Code of medical and sanitary regulations for the guidance of medical officers serving in the Madras Presidency - Volume II
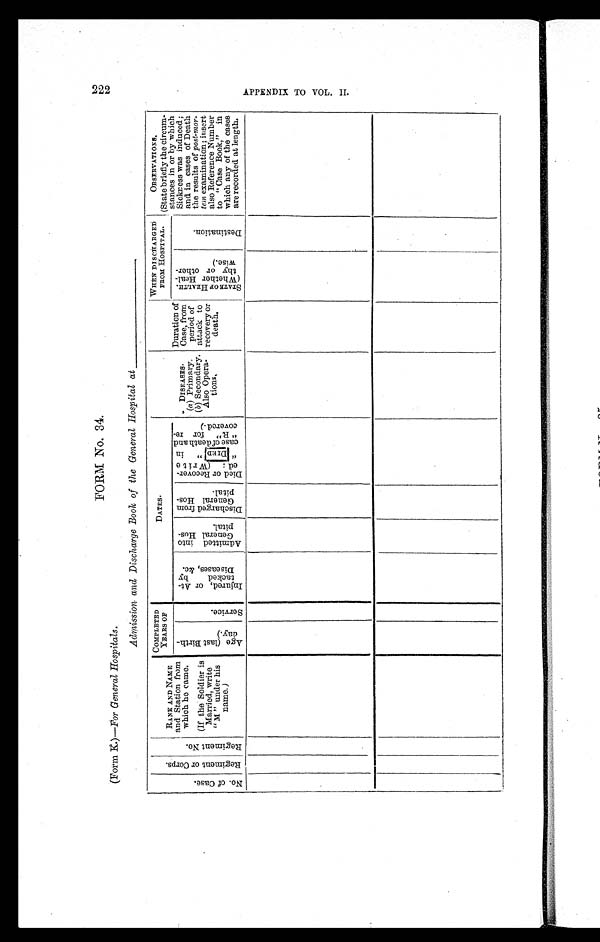
FORM No. 34.
(Form K.)—For General Hospitals.
Admission and Discharge Book of the General Hospital at_______________
N o . o f C a s e .
R e g i m e n t o r C o r p s .
R e g i m e n t N o .
RANK AND NAME
and Station from
which he came.
(If the Soldier is
Married, write
"M" under his
name.)
COMPLETED
YEARS OF
D A T E S .
DISEASES.
(a) Primary.
(b) Secondary.
Also Opera-
t i o n s .
Duration of
Case, from
period of
attack to
recovery or
death.
WHEN DISCHARGED
FROM HOSPITAL.
OBSERVATIONS.
(State briefly the circum-
stances in or by which
Sickness was induced;
and in cases of Death
the results of post-mor-
tem examination ; insert
also Reference Number
to "Case Book," in
which any of the cases
are recorded at length.
A g e ( l a s t B i r t h -
d a y . )
S e r v i c e .
I n j u r e d , o r A t -
t a c k e d b y
D i s e a s e s , & c .
A d m i t t e d i n t o
G e n e r a l H o s -
pi t al .
D i s c h a r g e d f r o m
G e n e r a l H o s -
p i t a l .
D i e d o r R e c o v e r -
e d : ( W r i t e
" D I E D " i n
c a s e o f d e a t h a n d
" R " f o r r e -
c o v e r e d . )
S T A T E O F H E A L T H .
( W h e t h e r H e a l -
t h y o r o t h e r -
w i s e . )
D e s t i n a t i o n .
2 2 2 A P P E N D I X T O V O L . I I .